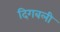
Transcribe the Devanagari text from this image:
दिगबली